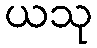
ယသု